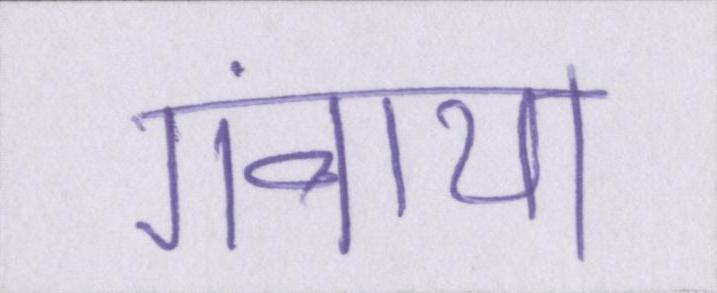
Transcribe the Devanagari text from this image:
गंवाया